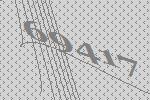
69417